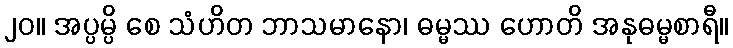
၂၀။ အပ္ပမ္ပိ စေ သံဟိတ ဘာသမာနော၊ ဓမ္မဿ ဟောတိ အနုဓမ္မစာရီ။